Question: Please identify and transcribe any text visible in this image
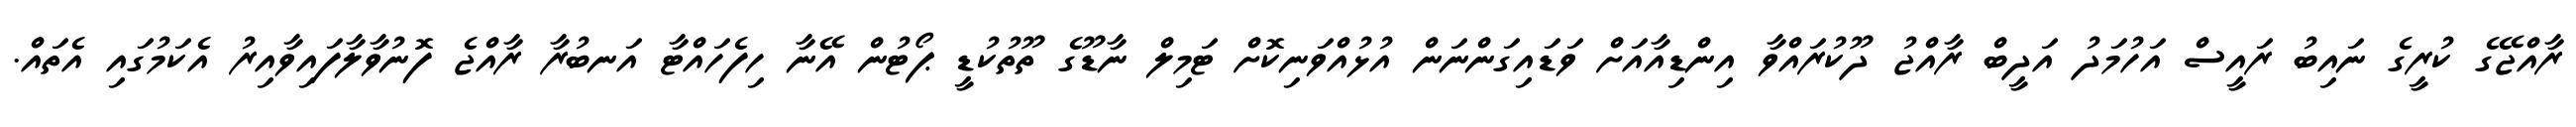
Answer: ރާއްޖޭގެ ކުރީގެ ނައިބު ރައީސް އަހުމަދު އަދީބް ރާއްޖު ދޫކުރައްވާ އިންޑިއާއަށް ވަޑައިގަންނަން އުޅުއްވަނިކޮށް ޓަމިލް ނާޑޫގެ ތޫތުކުޑީ ޕޯޓުން އޭނާ ހިފެހައްޓާ އަނބުރާ ރާއްޖެ ފޮނުވާލާފައިވާއިރު އެކަމުގައި އެތައް.